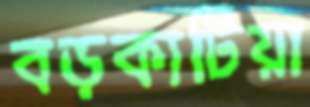
বড়কাটিয়া